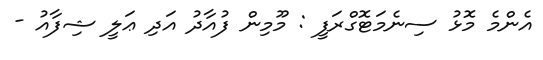
އެންމެ މޮޅު ސިނެމަޓޮގްރަފީ : މޫމިން ފުއާދު އަދި ޢަލީ ޝިފާއު -